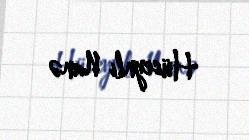
Hüseynli Nanə